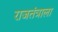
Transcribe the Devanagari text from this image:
राजतंत्राला